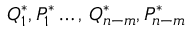
{ Q } _ { 1 } ^ { \ast } , { P } _ { 1 } ^ { \ast } \dots , \, { Q } _ { n - m } ^ { \ast } , { P } _ { n - m } ^ { \ast }